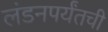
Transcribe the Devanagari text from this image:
लंडनपर्यंतची